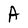
Character: A